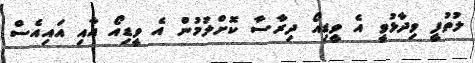
ލުތުފީ ވިދާޅުވީ އެ ވީޑިއޯ ދިރާސާ ކޮށްލުމުން އެ ވީޑިއޯ އާއި އައިއެސް